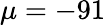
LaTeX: \mu=-91